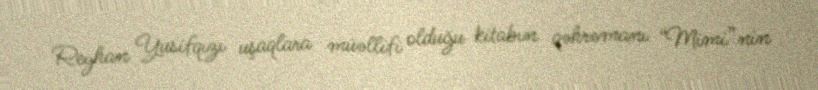
Reyhan Yusifqızı uşaqlara müəllifi olduğu kitabın qəhrəmanı “Mimi”nin